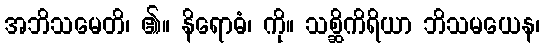
အဘိသမေတိ၊ ၏။ နိရောဓံ၊ ကို။ သစ္ဆိကိရိယာ ဘိသမယေန၊